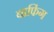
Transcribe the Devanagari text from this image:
बाफिंग